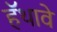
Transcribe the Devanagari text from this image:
हॅथावे